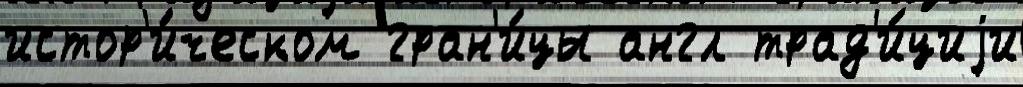
истор'и́ческом гран'и́цы англ трад'и́циjи